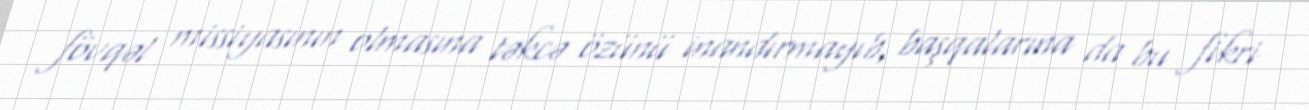
fövqəl missiyasının olmasına təkcə özünü inandırmayıb, başqalarına da bu fikri